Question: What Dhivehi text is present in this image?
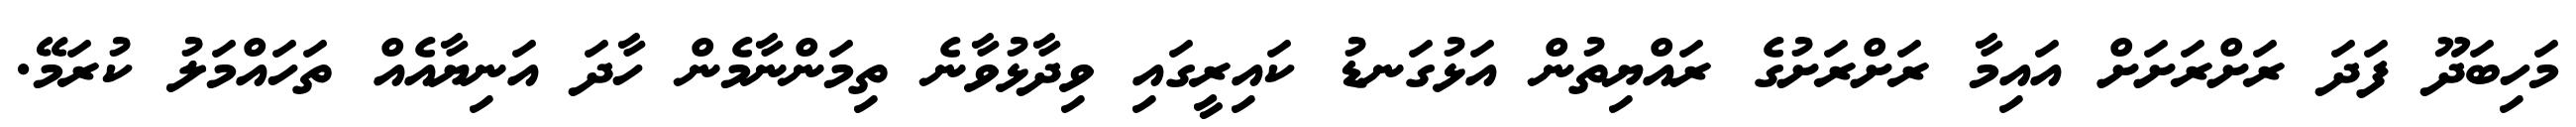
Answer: މަހިބަދޫ ފަދަ ރަށްރަށަށް އައިމާ ރަށްރަށުގެ ރައްޔިތުން އަޅުގަނޑު ކައިރީގައި ވިދާޅުވާނެ ތިމަންނާމެން ހާދަ އަނިޔާއެއް ތަހައްމަލު ކުރަމޭ.